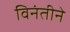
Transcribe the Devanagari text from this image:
विनंतीने